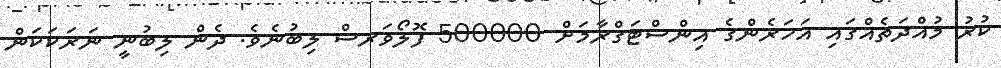
ކުރު މުއްދަތެއްގައި އަހަރެންގެ އިންސްޓަގްރާމަށް 500000 ފޮލޯވަރސް ލިބުނެވެ. ދެން ލިބުނީ ނަރަކަކަން